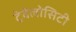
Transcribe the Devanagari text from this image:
ट्रेवेलोसिटी